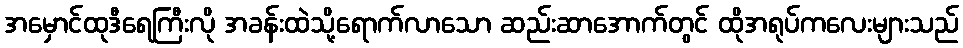
အမှောင်ထုဒီရေကြီးလို အခန်းထဲသို့ရောက်လာသော ဆည်းဆာအောက်တွင် ထိုအရုပ်ကလေးများသည်